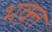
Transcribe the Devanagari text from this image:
भक़्त